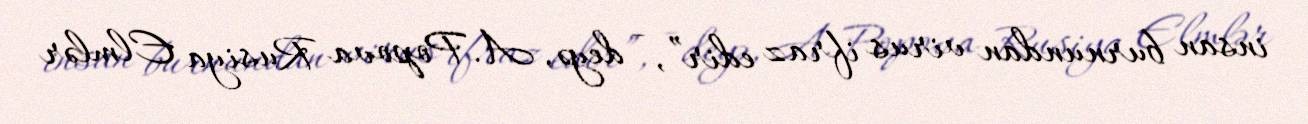
insan burnundan virus ifraz edir”, - deyə, A. Popova Rusiya Elmlər